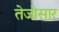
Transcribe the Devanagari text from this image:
तेजोसार